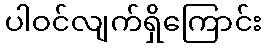
ပါဝင်လျက်ရှိကြောင်း